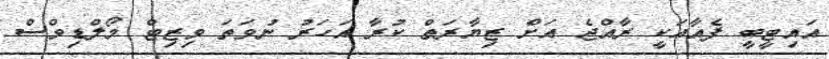
އައިޓީބީ ފެއާއަކީ ރާއްޖެ އަށް ޒިޔާރަތް ކުރާ އަހަރު ނުވަތަ ވިޒިޓް މޯލްޑިވްސް